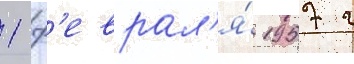
1 ф'еврал'я́ 1957 г